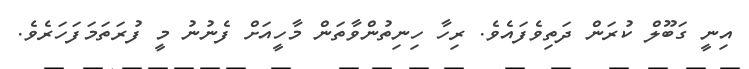
އިނީ ގަބޫލް ކުރަން ދަތިވެފައެވެ. ރިހާ ހިނިތުންވާތަން މާހީއަށް ފެނުނު މީ ފުރަތަމަފަހަރެވެ.